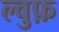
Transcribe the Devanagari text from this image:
ल्वुफ़